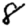
Digit: 8